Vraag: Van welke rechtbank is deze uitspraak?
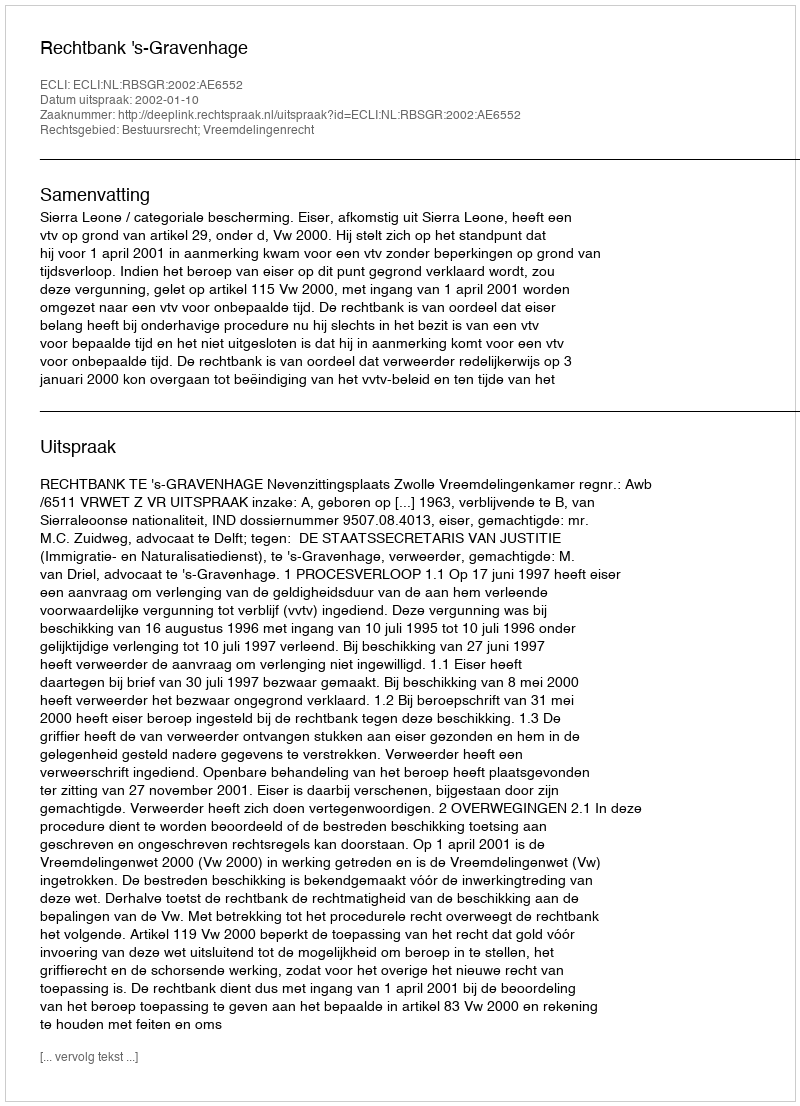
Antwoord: Rechtbank 's-Gravenhage